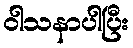
ဝါသနာပါပြီး